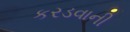
કરડવાની